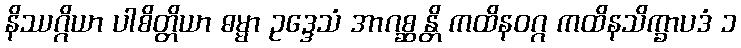
နိဿဂ္ဂိယာ ပါစိတ္တိယာ ဓမ္မာ ဥဒ္ဒေသံ အာဂစ္ဆန္တိ ကထိနဝဂ္ဂ ကထိနသိက္ခာပဒံ ၁